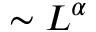
\sim L ^ { \alpha }